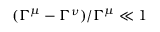
( \Gamma ^ { \mu } - \Gamma ^ { \nu } ) / \Gamma ^ { \mu } \ll 1